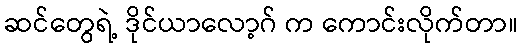
ဆင်တွေရဲ့ ဒိုင်ယာလော့ဂ် က ကောင်းလိုက်တာ။